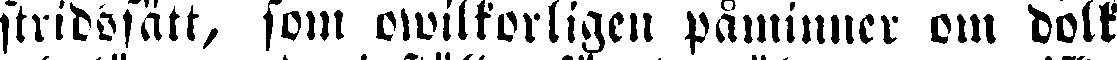
stridssätt, som owilkorligen påminner om dolk